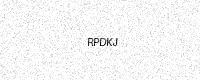
Text: RPDKJ